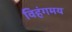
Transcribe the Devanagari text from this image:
विहंगमय